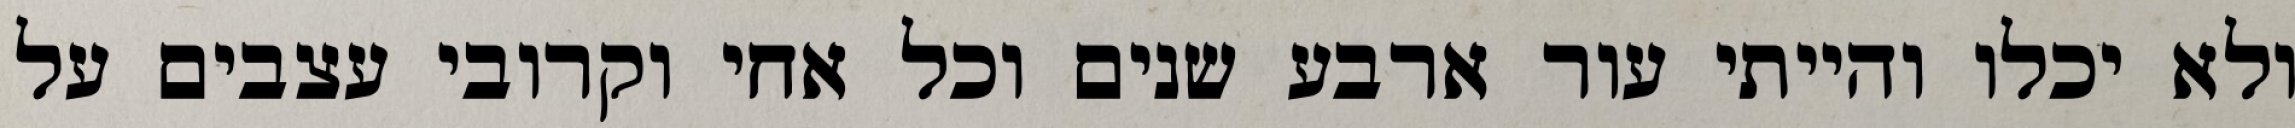
ולא יכלו והייתי עור ארבע שנים וכל אחי וקרובי עצבים על